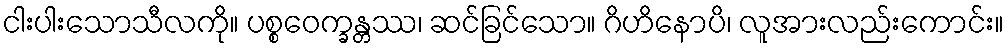
ငါးပါးသောသီလကို။ ပစ္စဝေက္ခန္တဿ၊ ဆင်ခြင်သော။ ဂိဟိနောပိ၊ လူအားလည်းကောင်း။